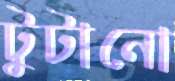
টুটানো